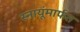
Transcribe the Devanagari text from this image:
स्नायूंमार्फत